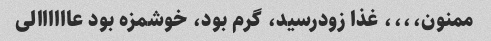
ممنون،،،، غذا زودرسید، گرم بود، خوشمزه بود عاااااالی